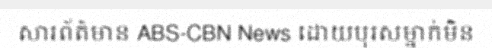
សារព័ត៌មាន ABS-CBN News ដោយបុរសម្នាក់មិន